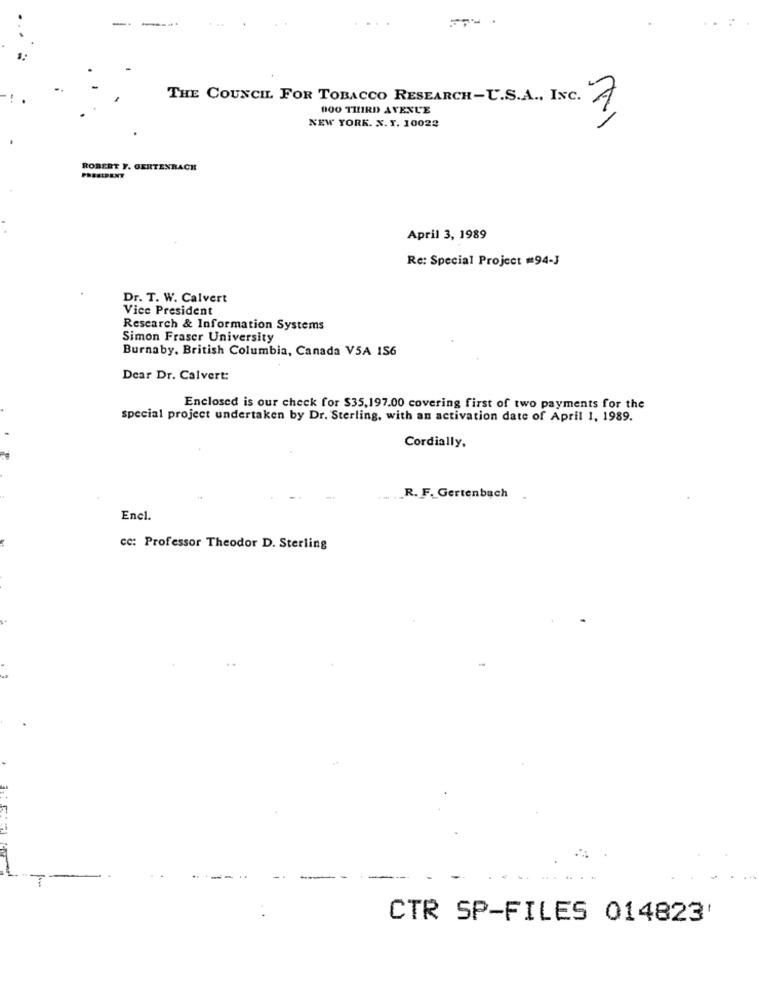
---.
THE COUNCIL FOR TOBACCO RESEARCH-U.S.A ., INC. A
DOO THIRD AVENUE
NEW YORK. X. Y. 10022
ROBERT Y. GERTENRACH
PRESIDENT
April 3, 1989
Re: Special Project =94-J
Dr. T. W. Calvert
Vice President
Research & Information Systems
Simon Fraser University
Burnaby, British Columbia, Canada V5A 156
Dear Dr. Calvert:
Enclosed is our check for $35,197.00 covering first of two payments for the
special project undertaken by Dr. Sterling, with an activation date of April 1, 1989.
Cordially.
.R. F. Gertenbach
Encl.
cc: Professor Theodor D. Sterling
CTR SP-FILES 014823'